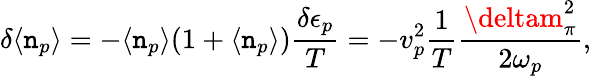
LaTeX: \delta\langle{\mathtt{n}_{p}}\rangle=-\langle{\mathtt{n}_{p}}\rangle(1+\langle{\mathtt{n}_{p}}\rangle){\frac{{\delta\epsilon_{p}}}{{T}}}=-{v}_{p}^{2}{\frac{{1}}{{T}}}{\frac{{\deltam_{\pi}^{2}}}{{2\omega_{p}}}},